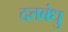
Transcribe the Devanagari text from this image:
दत्तबंधु